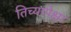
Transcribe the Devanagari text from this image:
तिच्यापेक्षा